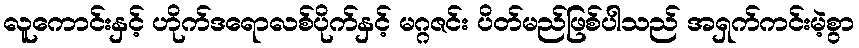
လူကောင်းနှင့် ဟိုက်ဒရောလစ်ပိုက်နှင့် မဂ္ဂဇင်း ပိတ်မည်ဖြစ်ပါသည် အရှက်ကင်းမဲ့စွာ